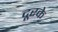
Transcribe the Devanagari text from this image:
दूरके